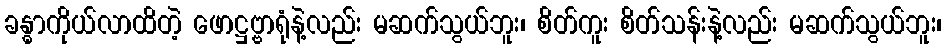
ခန္ဓာကိုယ်လာထိတဲ့ ဖောဋ္ဌဗ္ဗာရုံနဲ့လည်း မဆက်သွယ်ဘူး၊ စိတ်ကူး စိတ်သန်းနဲ့လည်း မဆက်သွယ်ဘူး၊